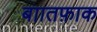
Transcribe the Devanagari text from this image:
बाातफ़ाक